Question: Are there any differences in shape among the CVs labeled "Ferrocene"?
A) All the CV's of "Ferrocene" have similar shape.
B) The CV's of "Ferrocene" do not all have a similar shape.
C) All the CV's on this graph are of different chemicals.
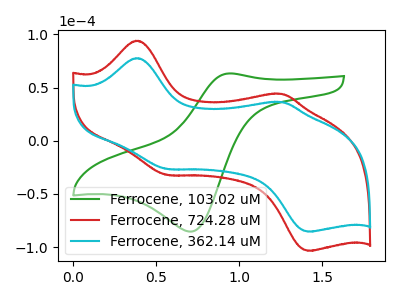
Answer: <think>The green curve "Ferrocene, 103.02 uM" has an anodic peak at (0.95V, 63.25uA) and a cathodic peak at (0.70V, -85.40uA). The red curve "Ferrocene, 724.28 uM" has anodic peaks at (0.40V, 94.05uA) (1.25V, 44.10uA) and cathodic peaks at (0.55V, -32.10uA) (1.40V, -103.40uA). The cyan curve "Ferrocene, 362.14 uM" has anodic peaks at (0.40V, 77.70uA) (1.25V, 36.40uA) and cathodic peaks at (0.55V, -26.50uA) (1.40V, -85.40uA).
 "Ferrocene, 103.02 uM" and "Ferrocene, 724.28 uM" have a different number of peaks. "Ferrocene, 103.02 uM" and "Ferrocene, 362.14 uM" have a different number of peaks. All the peaks in "Ferrocene, 724.28 uM" have a peak in "Ferrocene, 362.14 uM" at the same potential. Every peak in "Ferrocene, 724.28 uM" is higher than every peak in "Ferrocene, 362.14 uM".</think>
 <answer>A) All the CV's of "Ferrocene" have similar shape.</answer>
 <eval>A</eval>